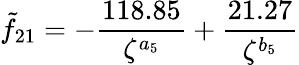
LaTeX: \tilde{f}_{21}=-\frac{118.85}{\zeta^{a_{5}}}+\frac{21.27}{\zeta^{b_{5}}}